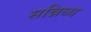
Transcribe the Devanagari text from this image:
सन्निध्य